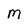
Character: M